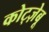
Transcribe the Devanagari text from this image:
कोट्ज़ेबू